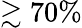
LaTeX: \gtrsim 70\%